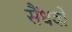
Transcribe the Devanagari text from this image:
सैंधवों